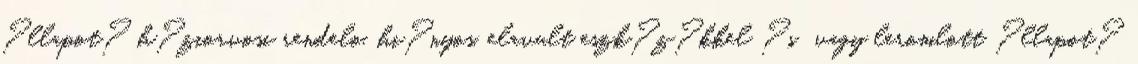
?llapot? h?ziorvosi rendelo, hi?nyos, elavult eszk?z?kkel ?s vagy leromlott ?llapot?